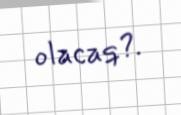
olacaq?.